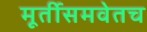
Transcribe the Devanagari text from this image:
मूर्तीसमवेतच